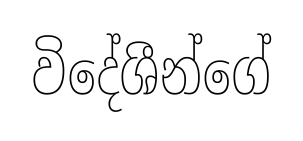
විදේශීන්ගේ